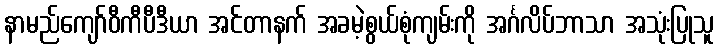
နာမည်ကျော်ဝီကီပီဒီယာ အင်တာနက် အခမဲ့စွယ်စုံကျမ်းကို အင်္ဂလိပ်ဘာသာ အသုံးပြုသူ